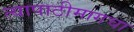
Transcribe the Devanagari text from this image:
त्यापाठीमागचा